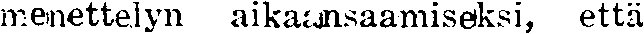
menettelyn aikaansaamiseksi, että